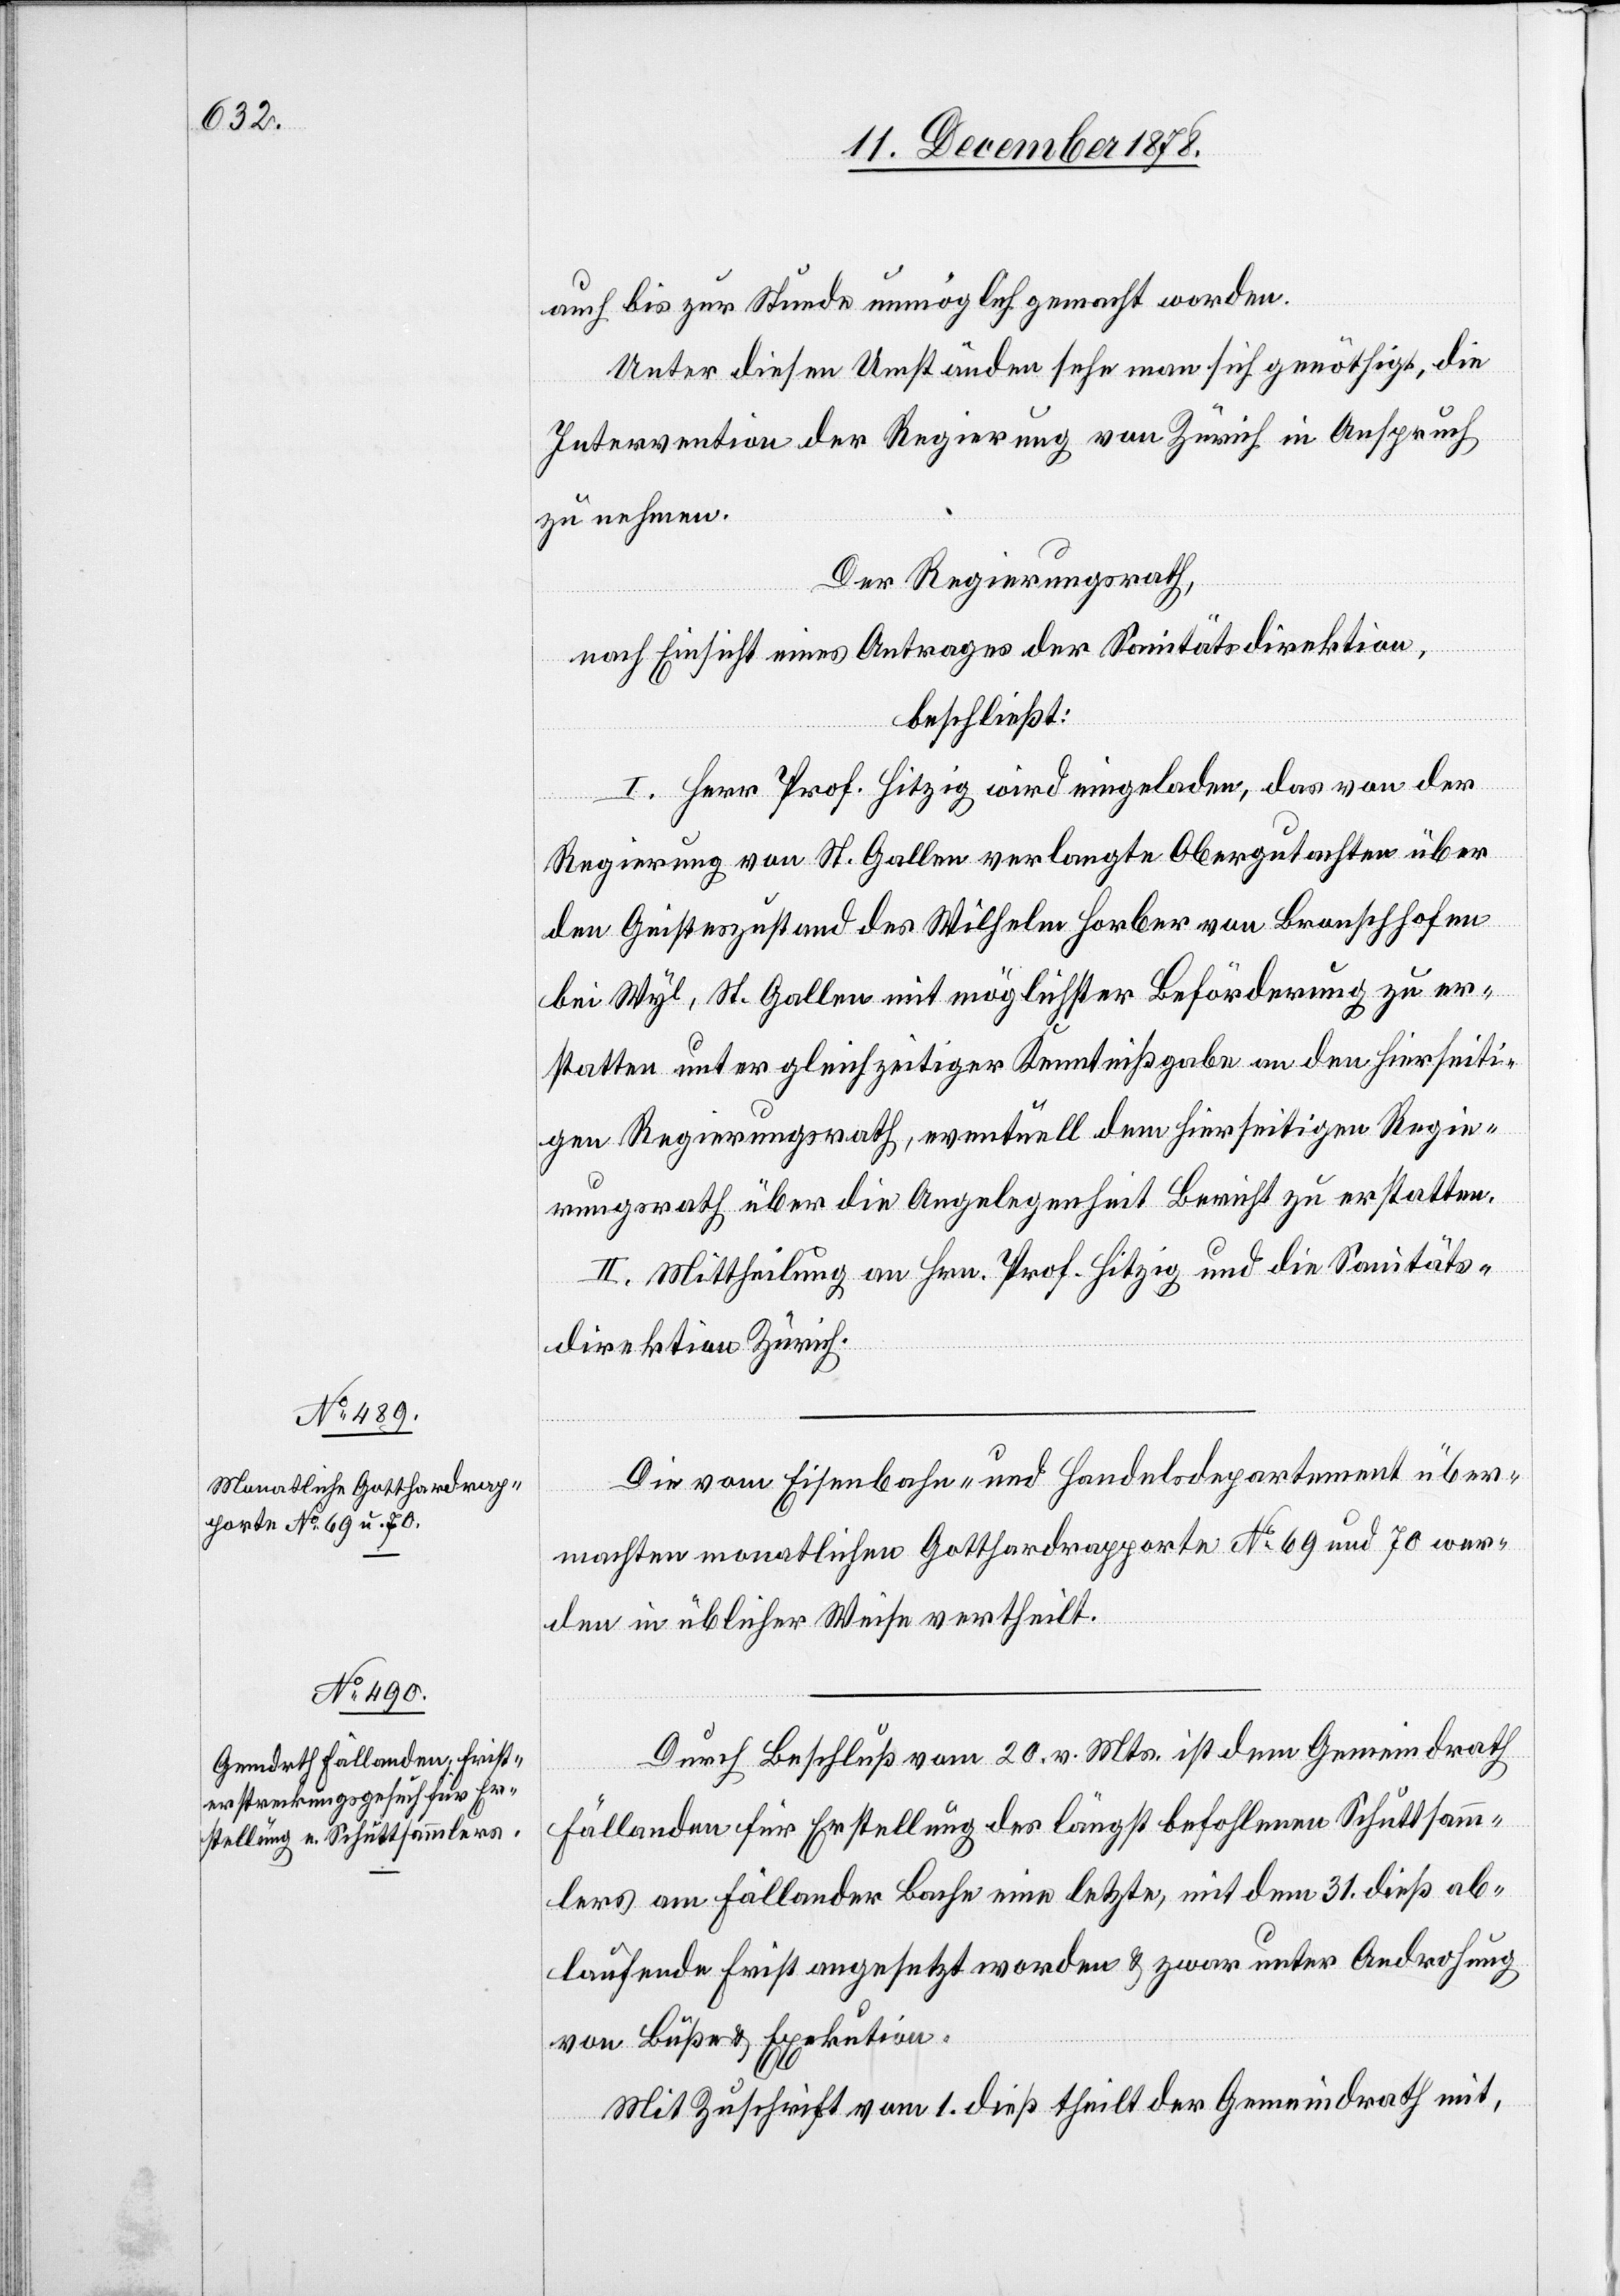
auch bis zur Stunde unmöglich gemacht worden.
Unter diesen Umständen sehe man sich genöthigt, die
Intervention der Regierung von Zürich in Anspruch
zu nehmen.
Der Regierungsrath,
nach Einsicht eines Antrages der Sanitätsdirektion,
beschließt:
I. Herr Prof. Hitzig wird eingeladen, das von der
Regierung von St. Gallen verlangte Obergutachten über
den Geisteszustand des Wilhelm Horber von Bronschhofen
bei Wyl, St. Gallen mit möglichster Beförderung zu er¬
statten unter gleichzeitiger Kenntnißgabe an den hierseiti¬
gen Regierungsrath, eventuell dem hierseitigen Regie¬
rungsrath über die Angelegenheit Bericht zu erstatten.
II. Mittheilung an Hrn. Prof. Hitzig und die Sanitäts¬
direktion Zürich.
Die vom Eisenbahn- und Handelsdepartement über¬
machten monatlichen Gotthardrapporte No 69 und 70 wer¬
den in üblicher Weise vertheilt.
Durch Beschluß vom 20. v. Mts. ist dem Gemeindrath
Fällanden für Erstellung des längst befohlenen Schuttsamm¬
lers am Fällander Bache eine letzte, mit dem 31. dieß ab¬
laufende Frist angesetzt worden & zwar unter Androhung
von Buße & Exekution.
Mit Zuschrift vom 1. dieß theilt der Gemeindrath mit,